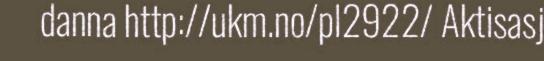
danna http://ukm.no/pl2922/ Aktisasj